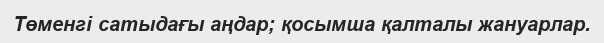
Төменгі сатыдағы аңдар; қосымша қалталы жануарлар.